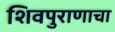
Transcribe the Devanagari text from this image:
शिवपुराणाचा